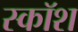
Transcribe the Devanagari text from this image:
स्कॉश